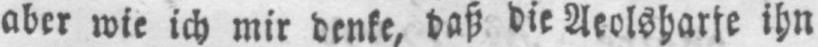
aber wie ich mir denke, daß die Aeolsharfe ihn